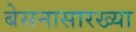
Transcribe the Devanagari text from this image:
बेसनासारख्या